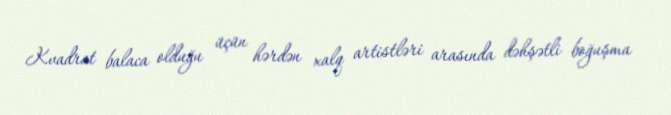
Kvadrat balaca olduğu üçün hərdən xalq artistləri arasında dəhşətli boğuşma